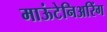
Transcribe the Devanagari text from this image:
माऊंटेनिअरिंग